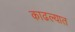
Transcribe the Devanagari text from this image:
काढल्यात